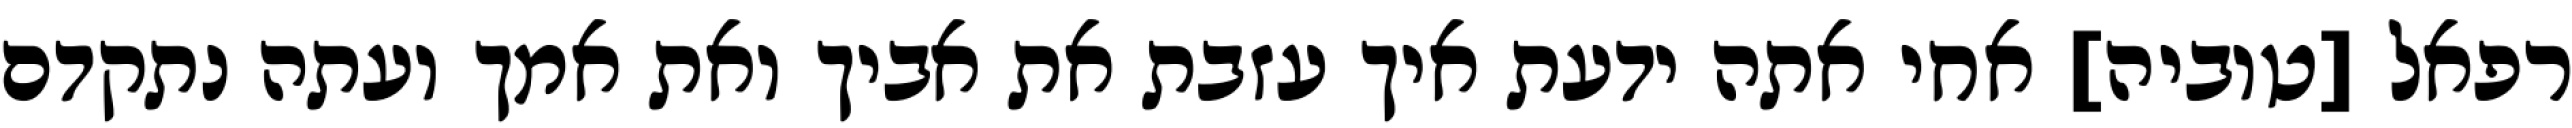
רפאל [טוביה] אחי אתה ידעת איך עזבת את אביך ואת אמך ועתה נתקדם